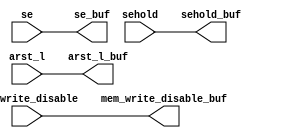
// ========== Copyright Header Begin ==========================================
// 
// OpenSPARC T1 Processor File: scbuf_slowsig_buf.v
// Copyright (c) 2006 Sun Microsystems, Inc.  All Rights Reserved.
// DO NOT ALTER OR REMOVE COPYRIGHT NOTICES.
// 
// The above named program is free software; you can redistribute it and/or
// modify it under the terms of the GNU General Public
// License version 2 as published by the Free Software Foundation.
// 
// The above named program is distributed in the hope that it will be 
// useful, but WITHOUT ANY WARRANTY; without even the implied warranty of
// MERCHANTABILITY or FITNESS FOR A PARTICULAR PURPOSE.  See the GNU
// General Public License for more details.
// 
// You should have received a copy of the GNU General Public
// License along with this work; if not, write to the Free Software
// Foundation, Inc., 51 Franklin St, Fifth Floor, Boston, MA 02110-1301, USA.
// 
// ========== Copyright Header End ============================================
module scbuf_slowsig_buf
 (// Outputs
  mem_write_disable_buf,
  sehold_buf,
  se_buf,
  arst_l_buf,

  // Inputs
  mem_write_disable,
  sehold,
  se,
  arst_l
 );


output    mem_write_disable_buf;
output    sehold_buf;
output    se_buf;
output    arst_l_buf;

input     mem_write_disable;
input     sehold;
input     se;
input     arst_l;


assign  mem_write_disable_buf = mem_write_disable;
assign  sehold_buf            = sehold;
assign  se_buf                = se;
assign  arst_l_buf            = arst_l;


endmodule